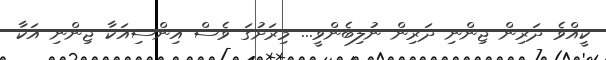
ކީއްވެ ދަރިން ޖިންނި ދަރިން ނުލިބެންވީ... މިރަށުގަ ވެސް އިންސިއަކާ ޖިންނި އަކާ